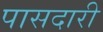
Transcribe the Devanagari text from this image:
पासदारी